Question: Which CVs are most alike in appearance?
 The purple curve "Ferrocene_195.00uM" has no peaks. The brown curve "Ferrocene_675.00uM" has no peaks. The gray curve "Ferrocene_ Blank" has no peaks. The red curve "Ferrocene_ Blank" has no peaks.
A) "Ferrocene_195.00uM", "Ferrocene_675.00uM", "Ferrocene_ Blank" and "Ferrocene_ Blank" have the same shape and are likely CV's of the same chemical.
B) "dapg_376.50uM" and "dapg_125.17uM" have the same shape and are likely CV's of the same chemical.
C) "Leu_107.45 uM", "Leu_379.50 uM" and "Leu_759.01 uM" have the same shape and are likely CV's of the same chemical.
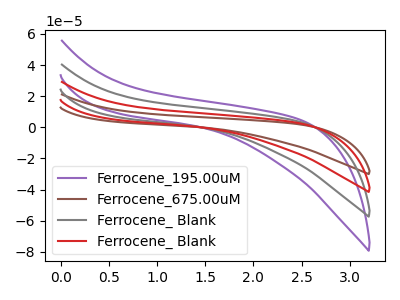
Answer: <think>Neither "Ferrocene_195.00uM" or "Ferrocene_675.00uM" have any peaks. Neither "Ferrocene_195.00uM" or "Ferrocene_ Blank" have any peaks. Neither "Ferrocene_195.00uM" or "Ferrocene_ Blank" have any peaks. Neither "Ferrocene_675.00uM" or "Ferrocene_ Blank" have any peaks. Neither "Ferrocene_675.00uM" or "Ferrocene_ Blank" have any peaks. Neither "Ferrocene_ Blank" or "Ferrocene_ Blank" have any peaks.
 </think>
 <answer>A) "Ferrocene_195.00uM", "Ferrocene_675.00uM", "Ferrocene_ Blank" and "Ferrocene_ Blank" have the same shape and are likely CV's of the same chemical.</answer>
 <eval>A</eval>